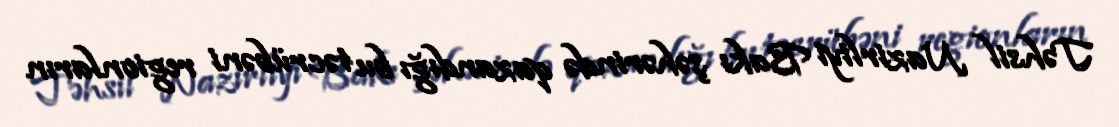
Təhsil Nazirliyi Bakı şəhərində qazandığı bu təcrübəni regionların